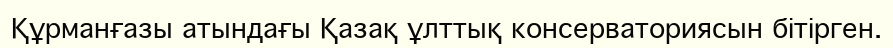
Құрманғазы атындағы Қазақ ұлттық консерваториясын бітірген.